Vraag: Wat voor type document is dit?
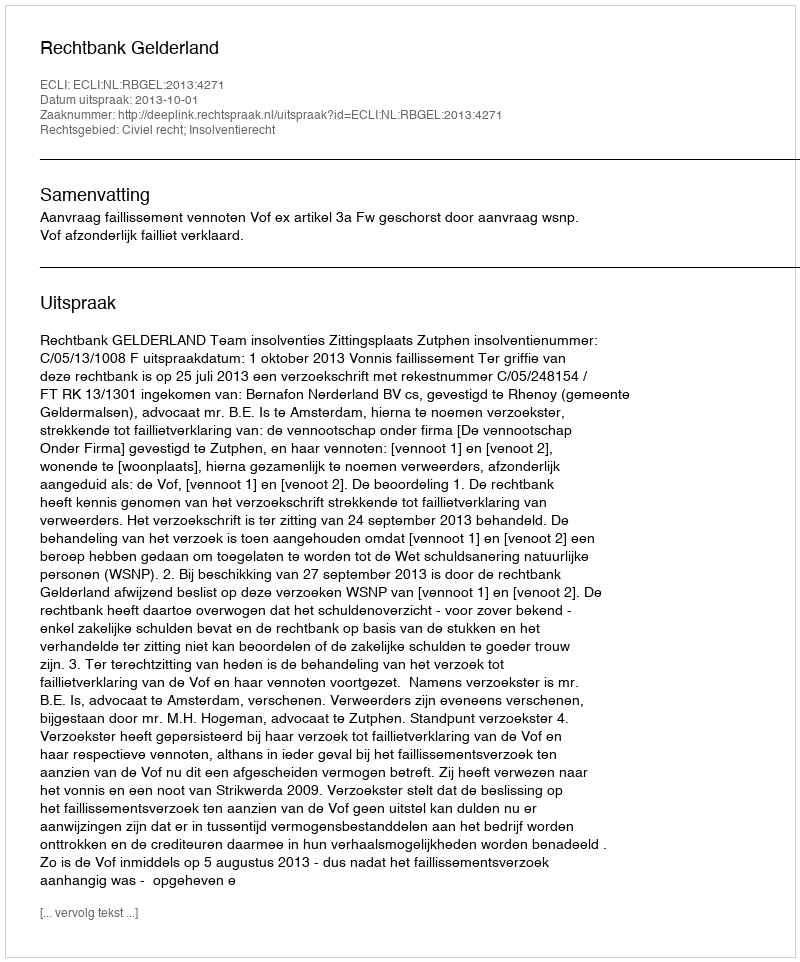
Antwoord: Uitspraak